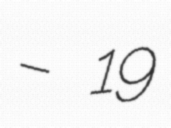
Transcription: – 19